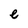
Character: e